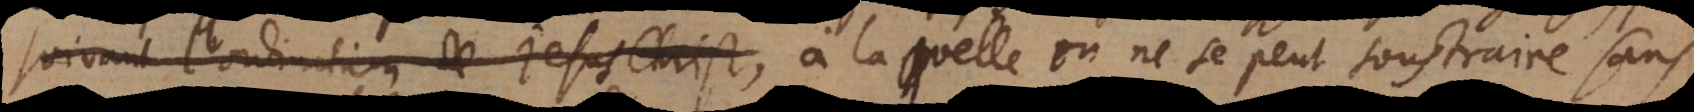
suivant l’ordination de Jesus Christ à laquelle on ne se peut soustraire sans